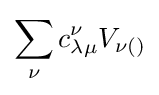
\sum _{\nu }c_{\lambda \mu }^{\nu }V_{\nu ()}